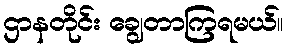
ဌာနတိုင်း ချွေတာကြရမယ်။